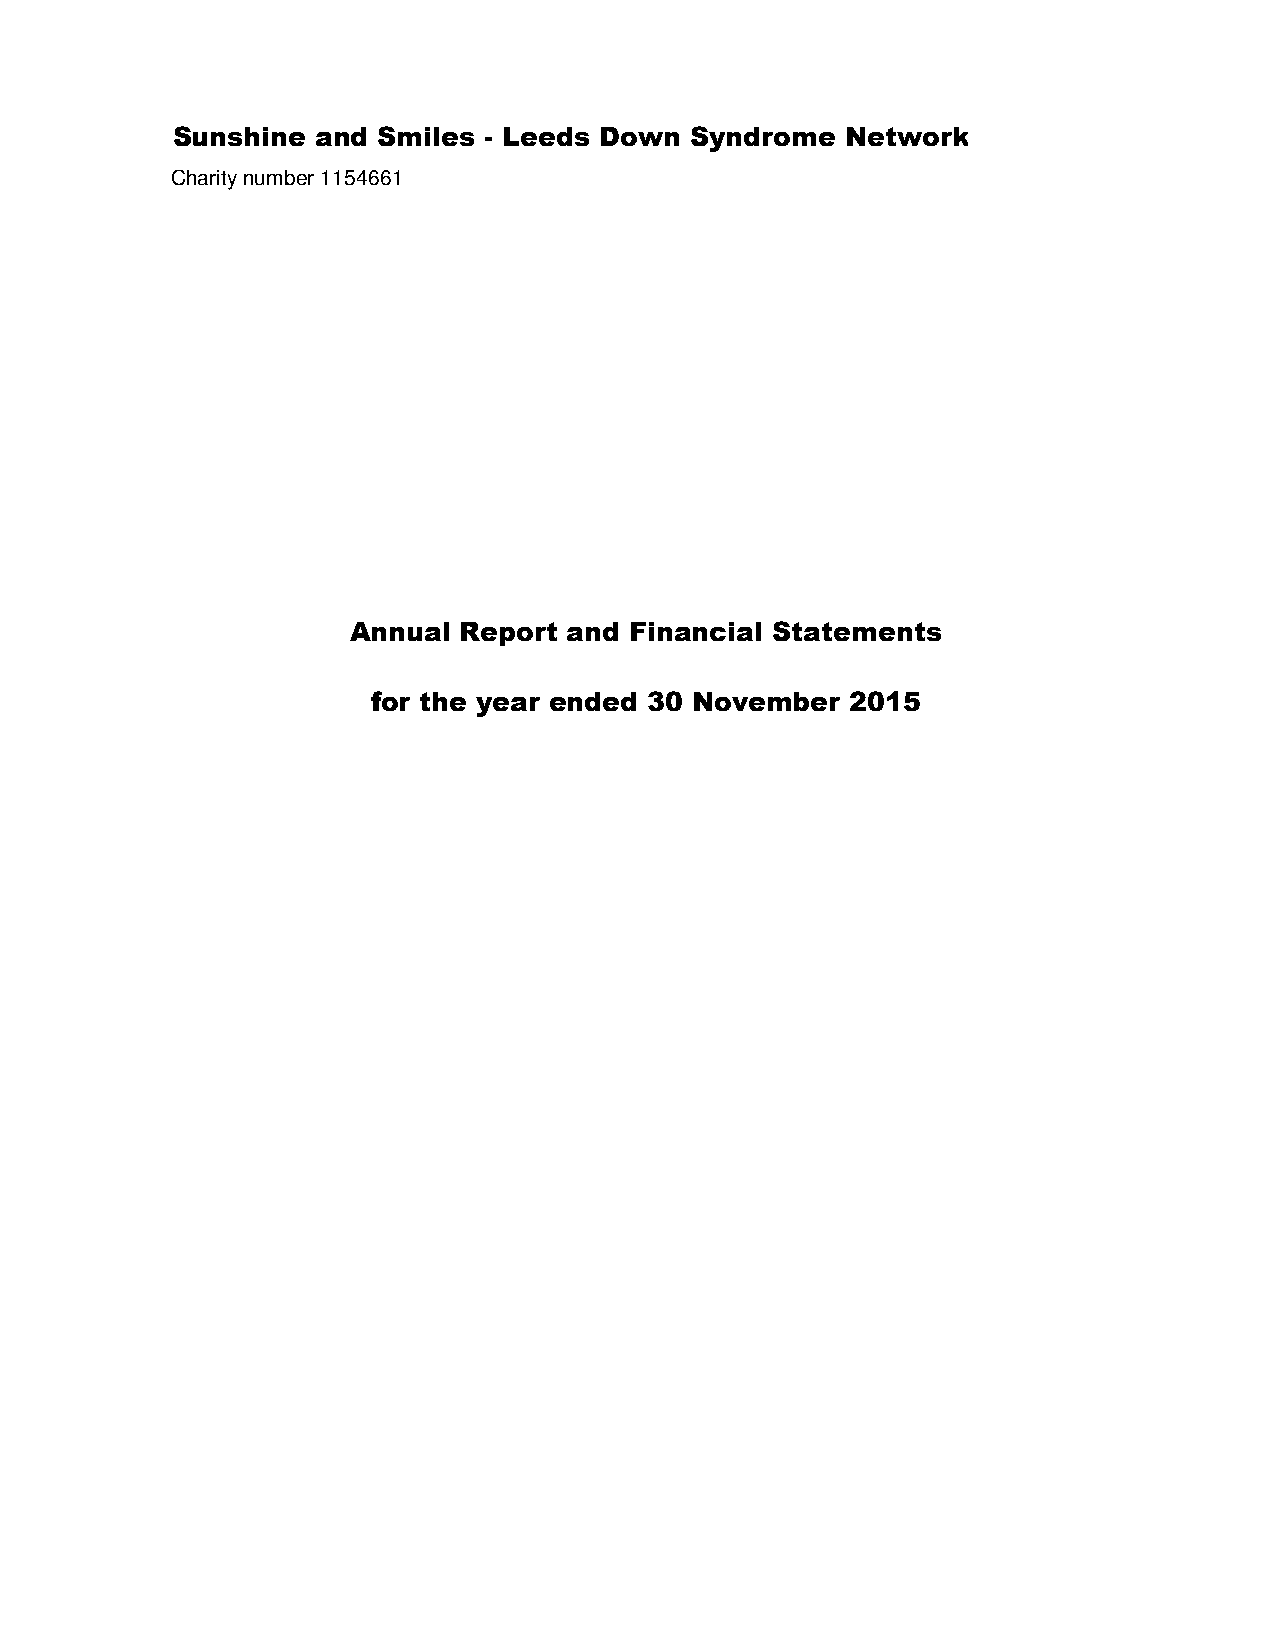
Sunshine  and Smiles - Leeds Down  Syndrome  Network
 Charity number 1154661
 Annual Report  and Financial Statements
 for the year ended 30 November 2015